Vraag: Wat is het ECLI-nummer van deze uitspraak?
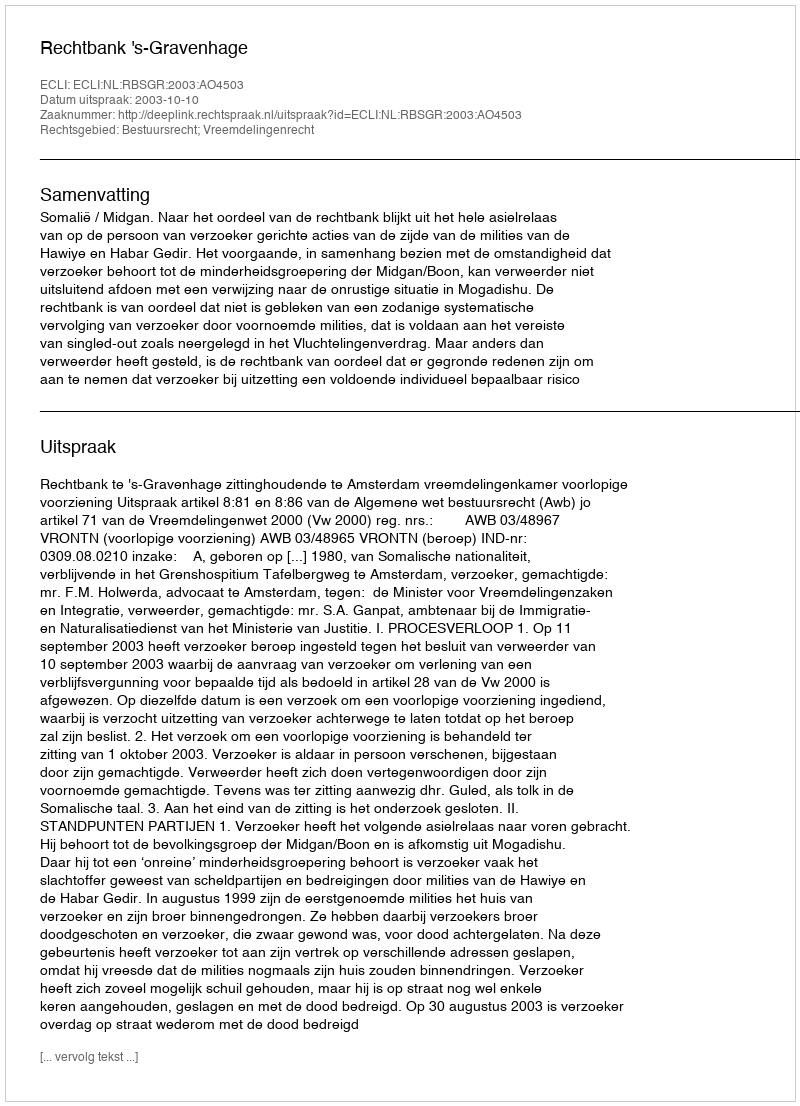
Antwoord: ECLI:NL:RBSGR:2003:AO4503